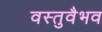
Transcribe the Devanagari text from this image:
वस्तुवैभव